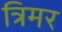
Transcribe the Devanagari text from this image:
त्रिमर